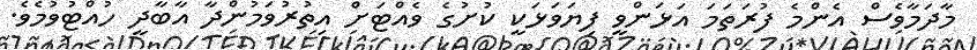
މާދަމާވެސް އެންމެ ފުރަތަމަ އަޅަންވީ ފިޔަވަޅަކީ ކުށުގެ ވެއްޓަށް އިތުރުވަމުންދާ އާބާދީ ހުއްޓުވުމެވެ.